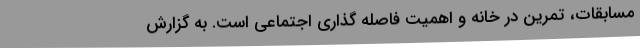
مسابقات، تمرین در خانه و اهمیت فاصله گذاری اجتماعی است. به گزارش